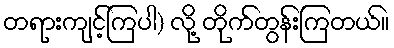
တရားကျင့်ကြပါ) လို့ တိုက်တွန်းကြတယ်။